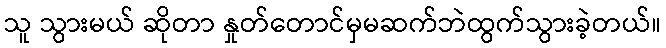
သူ သွားမယ် ဆိုတာ နှုတ်တောင်မှမဆက်ဘဲထွက်သွားခဲ့တယ်။